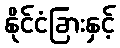
နိုင်ငံခြားနှင့်